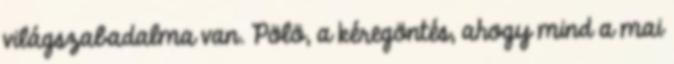
világszabadalma van. Pölö, a kéregöntés, ahogy mind a mai